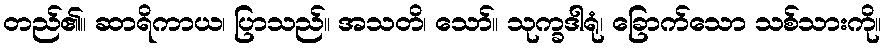
တည်၏။ ဆာရိကာယ၊ ပြာသည်။ အသတိ၊ သော်။ သုက္ခဒါရုံ၊ ခြောက်သော သစ်သားကို။